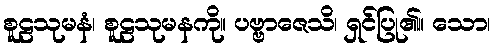
စူဠသုမနံ၊ စူဠသုမနကို။ ပဗ္ဗာဇေသိ၊ ရှင်ပြု၏။ သော၊